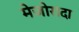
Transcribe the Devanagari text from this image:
मेजोरादा